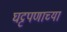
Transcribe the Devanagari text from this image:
घट्टपणाच्या